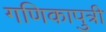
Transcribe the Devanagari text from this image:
गणिकापुत्री